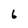
Character: 6